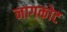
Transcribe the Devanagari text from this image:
नागकोट